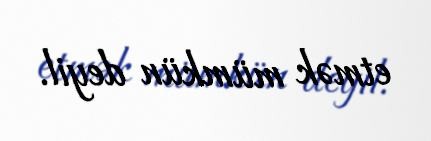
etmək mümkün deyil.